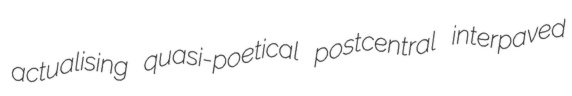
actualising quasi-poetical postcentral interpaved